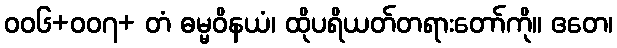
၀၀၆+၀၀၇+ တံ ဓမ္မဝိနယံ၊ ထိုပရိယတ်တရားတော်ကို။ ဧတေ၊